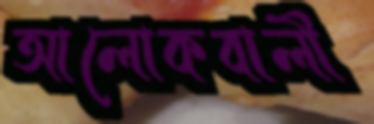
আলোকবালী